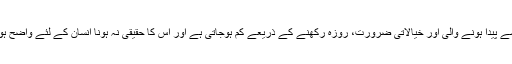
یہ تلقین سے پیدا ہونے والی اور خیالاتی ضرورت، روزہ رکھنے کے ذریعے کم ہوجاتی ہے اور اس کا حقیقی نہ ہونا انسان کے لئے واضح ہوجاتا ہے۔